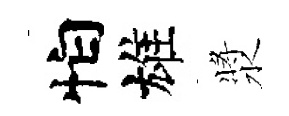
怕雄漿